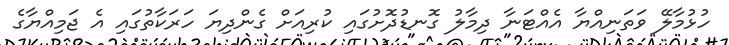
ހުޅުމާލޭ ވަތަނިއްޔާ އެއްޓަނާ ދިމާލު ގޮނޑުދޮށުގައި ކުރިއަށް ގެންދިޔަ ހަރަކާތުގައި އެ ޖަމިއްޔާގެ